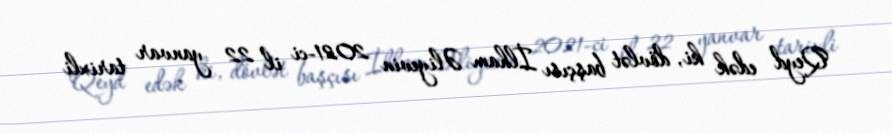
Qeyd edək ki, dövlət başçısı İlham Əliyevin 2021-ci il 22 yanvar tarixli